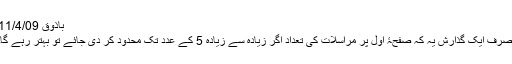
باذوق 11/4/09
صرف ایک گذارش یہ کہ صفحۂ اول پر مراسلات کی تعداد اگر زیادہ سے زیادہ 5 کے عدد تک محدود کر دی جائے تو بہتر رہے گا۔